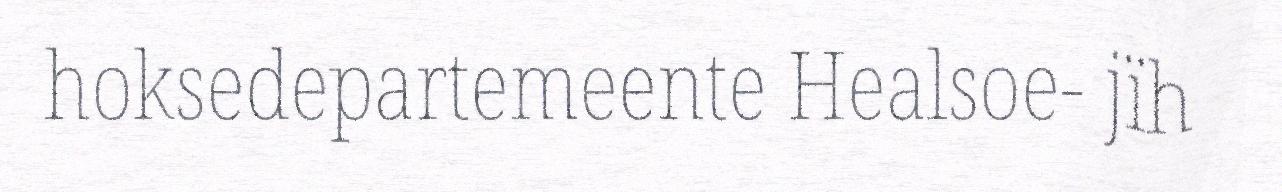
hoksedepartemeente Healsoe- jïh